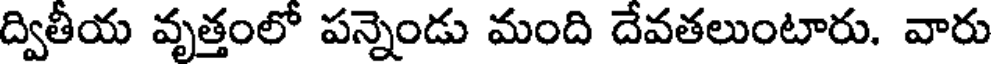
ద్వితీయ వృత్తంలో పన్నెండు మంది దేవతలుంటారు. వారు